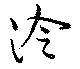
泠